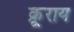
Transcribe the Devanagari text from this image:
क्रूराय